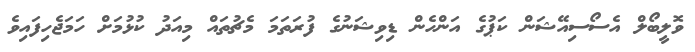
ވޮލީބޯލް އެސޯސިއޭޝަން ކަޕުގެ އަންހެން ޑިވިޝަނުގެ ފުރަތަމަ މެޗުތައް މިއަދު ކުޅުމަށް ހަމަޖެހިފައިވެ